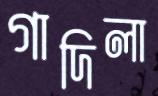
গাদিলা